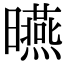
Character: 曣